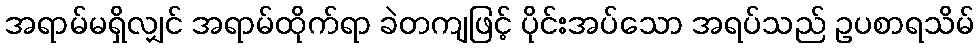
အရာမ်မရှိလျှင် အရာမ်ထိုက်ရာ ခဲတကျဖြင့် ပိုင်းအပ်သော အရပ်သည် ဥပစာရသိမ်